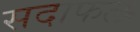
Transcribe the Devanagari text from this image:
सदाफल